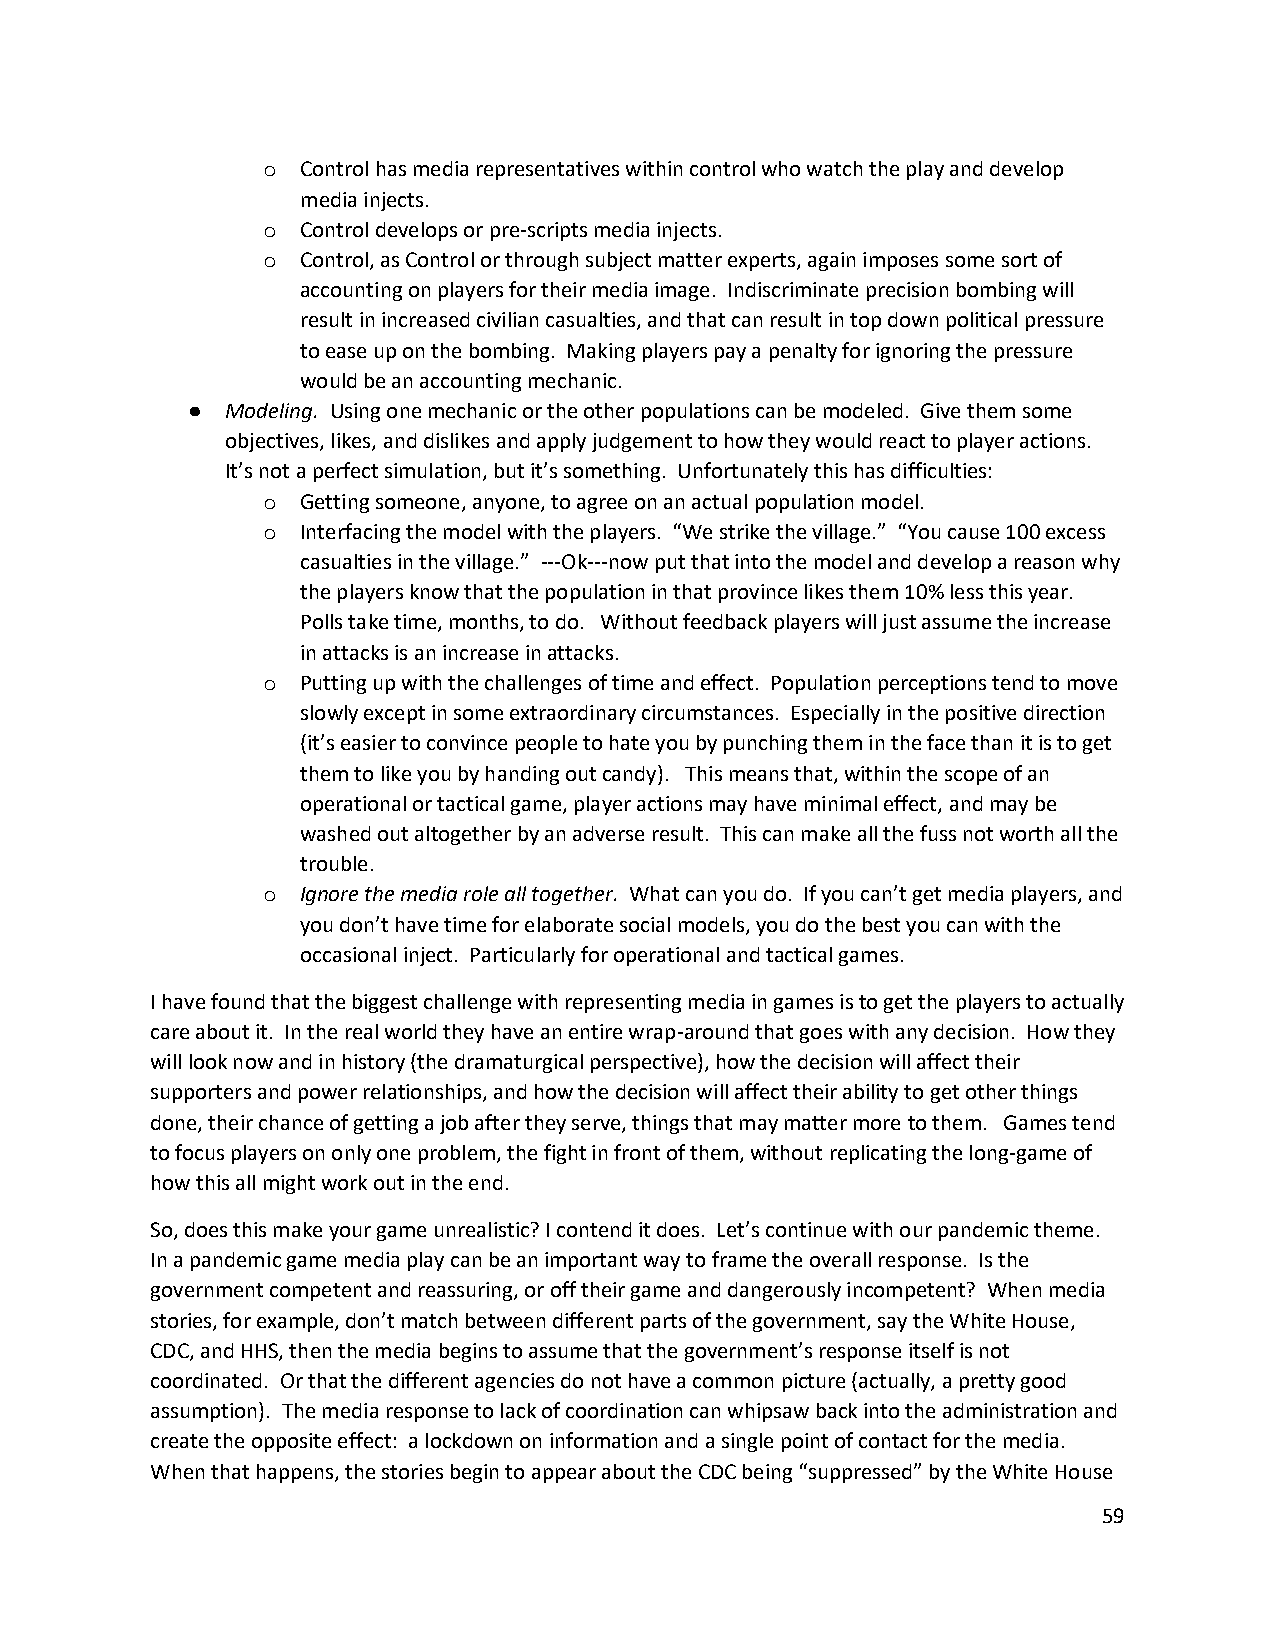
o  Control has media representatives within control who watch the play and develop
 media injects.
 o  Control develops or pre-scripts media injects.
 o  Control, as Control or through subject matter experts, again imposes some sort of
 accounting on players for their media image. Indiscriminate precision bombing will
 result in increased civilian casualties, and that can result in top down political pressure
 to ease up on the bombing. Making players pay a penalty for ignoring the pressure
 would be an accounting mechanic.
 ●  Modeling. Using one mechanic or the other populations can be modeled. Give them some
 objectives, likes, and dislikes and apply judgement to how they would react to player actions.
 It’s not a perfect simulation, but it’s something. Unfortunately this has difficulties:
 o  Getting someone, anyone, to agree on an actual population model.
 o  Interfacing the model with the players. “We strike the village.” “You cause 100 excess
 casualties in the village.” ---Ok---now put that into the model and develop a reason why
 the players know that the population in that province likes them 10% less this year.
 Polls take time, months, to do. Without feedback players will just assume the increase
 in attacks is an increase in attacks.
 o  Putting up with the challenges of time and effect. Population perceptions tend to move
 slowly except in some extraordinary circumstances. Especially in the positive direction
 (it’s easier to convince people to hate you by punching them in the face than it is to get
 them to like you by handing out candy). This means that, within the scope of an
 operational or tactical game, player actions may have minimal effect, and may be
 washed out altogether by an adverse result. This can make all the fuss not worth all the
 trouble.
 o  Ignore the media role all together. What can you do. If you can’t get media players, and
 you don’t have time for elaborate social models, you do the best you can with the
 occasional inject. Particularly for operational and tactical games.
 I have found that the biggest challenge with representing media in games is to get the players to actually
 care about it. In the real world they have an entire wrap-around that goes with any decision. How they
 will look now and in history (the dramaturgical perspective), how the decision will affect their
 supporters and power relationships, and how the decision will affect their ability to get other things
 done, their chance of getting a job after they serve, things that may matter more to them. Games tend
 to focus players on only one problem, the fight in front of them, without replicating the long-game of
 how this all might work out in the end.
 So, does this make your game unrealistic? I contend it does. Let’s continue with our pandemic theme.
 In a pandemic game media play can be an important way to frame the overall response. Is the
 government competent and reassuring, or off their game and dangerously incompetent? When media
 stories, for example, don’t match between different parts of the government, say the White House,
 CDC, and HHS, then the media begins to assume that the government’s response itself is not
 coordinated. Or that the different agencies do not have a common picture (actually, a pretty good
 assumption). The media response to lack of coordination can whipsaw back into the administration and
 create the opposite effect: a lockdown on information and a single point of contact for the media.
 When that happens, the stories begin to appear about the CDC being “suppressed” by the White House
 59